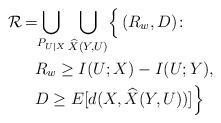
LaTeX: \begin{align*}\mathcal{R}_{}\! =\! &\bigcup_{P_{U|X}}\bigcup_{\widehat{X}(Y,U)}\!\Big\{\left(R_w,D\right)\!\colon\\&R_w\geq I(U;X)-I(U;Y),\\&D\geq E[d(X, \widehat{X}(Y,U))]\Big\} \end{align*}